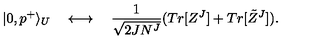
| 0 , p ^ { + } \rangle _ { U } \quad \longleftrightarrow \quad { \frac { 1 } { \sqrt { 2 J N ^ { J } } } } ( T r [ Z ^ { J } ] + T r [ \tilde { Z } ^ { J } ] ) .